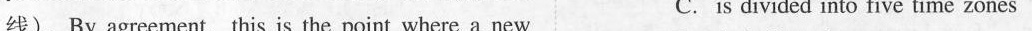
线).By agreement, this is the point where a new C.is divided into five time zones